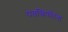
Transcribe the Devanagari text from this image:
पतत्त्रिपतिना